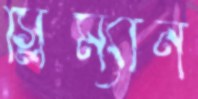
স্লিম্যান